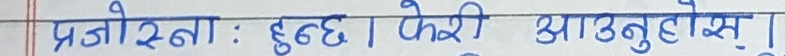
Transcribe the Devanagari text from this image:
प्रजोस्ना : हुन्छ । फेरी आउनुहोस् ।